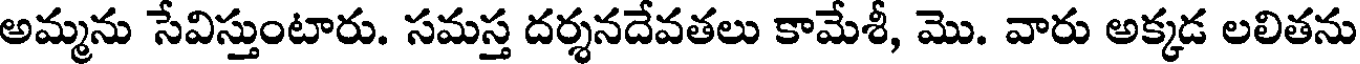
అమ్మను సేవిస్తుంటారు. సమస్త దర్శనదేవతలు కామేశీ, మొ. వారు అక్కడ లలితను